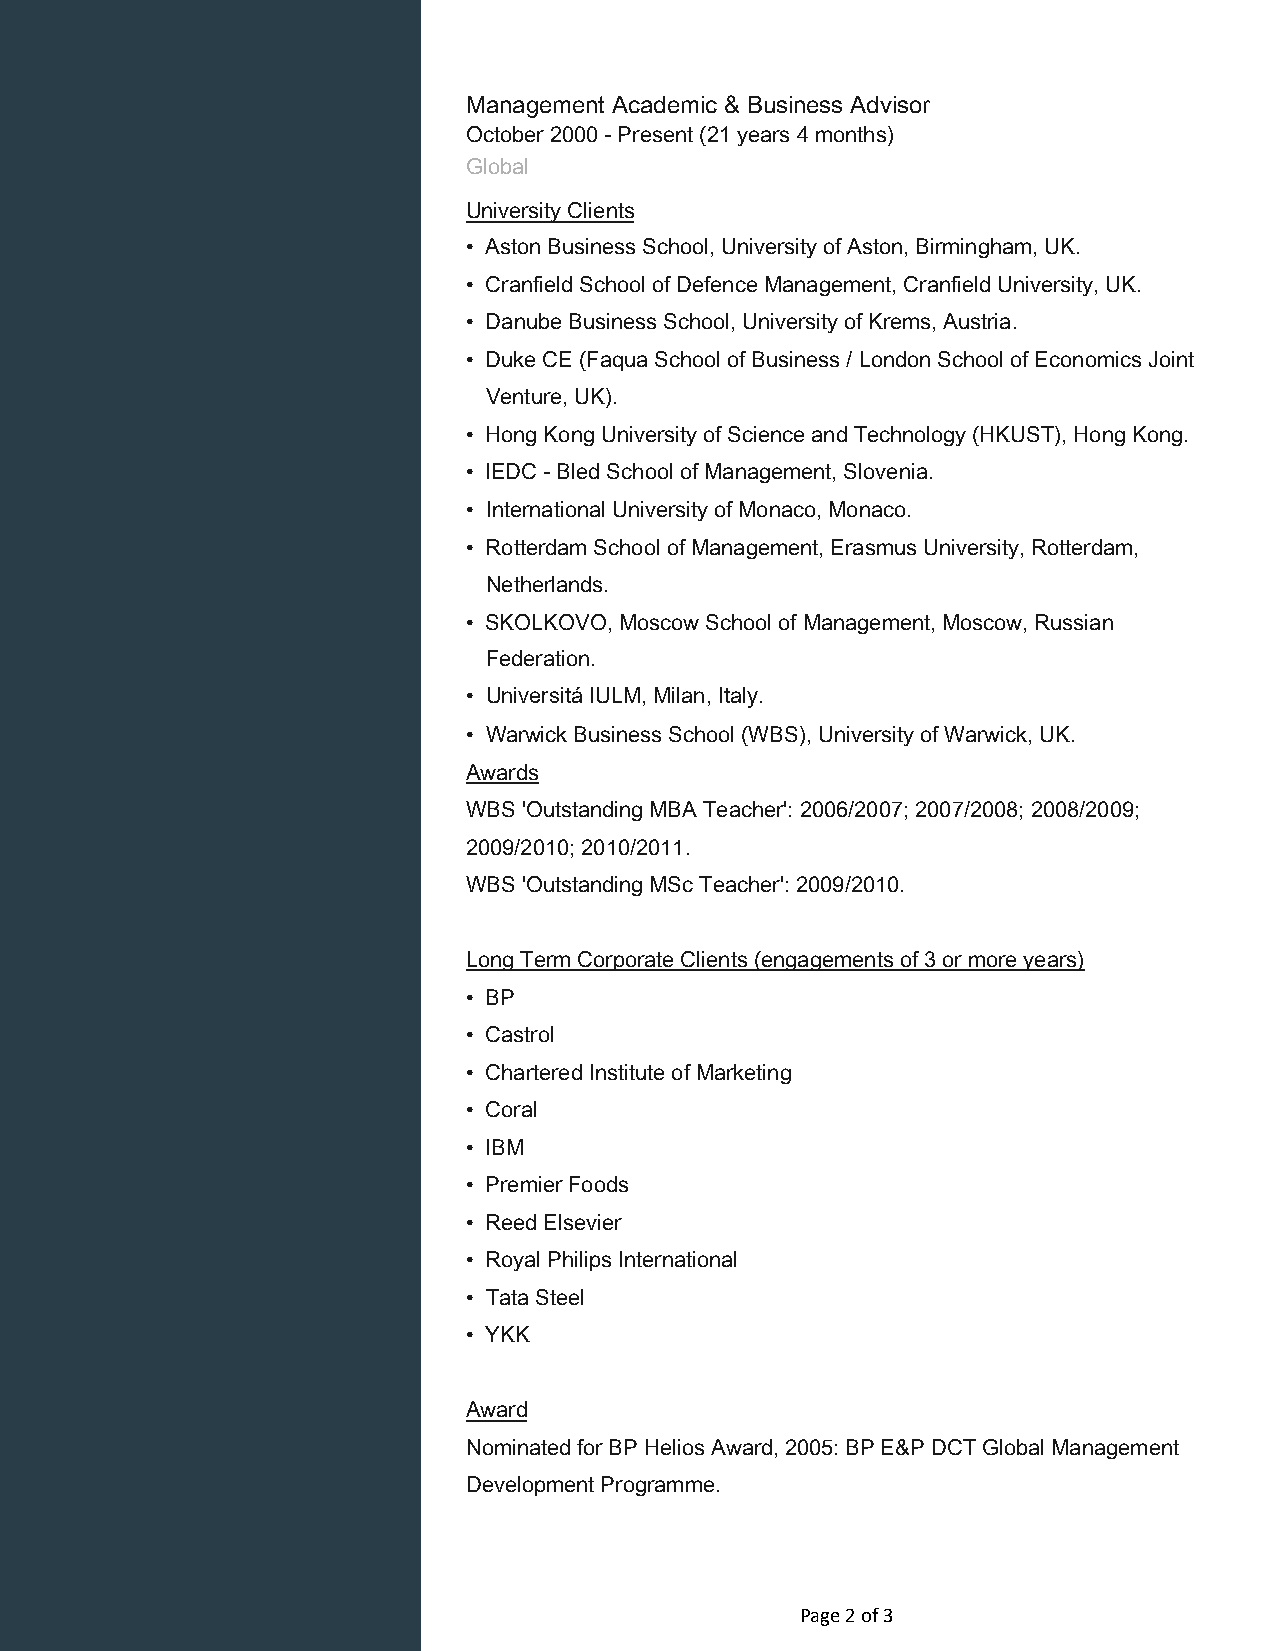
Management Academic & Business Advisor
 October 2000 - Present (21 years 4 months)
 Global
 University Clients
 • Aston Business School, University of Aston, Birmingham, UK.
 • Cranfield School of Defence Management, Cranfield University, UK.
 • Danube Business School, University of Krems, Austria.
 • Duke CE (Faqua School of Business / London School of Economics Joint
 Venture, UK).
 • Hong Kong University of Science and Technology (HKUST), Hong Kong.
 • IEDC - Bled School of Management, Slovenia.
 • International University of Monaco, Monaco.
 • Rotterdam School of Management, Erasmus University, Rotterdam,
 Netherlands.
 • SKOLKOVO, Moscow School of Management, Moscow, Russian
 Federation.
 • Universitá IULM, Milan, Italy.
 • Warwick Business School (WBS), University of Warwick, UK.
 Awards
 WBS 'Outstanding MBA Teacher': 2006/2007; 2007/2008; 2008/2009;
 2009/2010; 2010/2011.
 WBS 'Outstanding MSc Teacher': 2009/2010.
 Long Term Corporate Clients (engagements of 3 or more years)
 • BP
 • Castrol
 • Chartered Institute of Marketing
 • Coral
 • IBM
 • Premier Foods
 • Reed Elsevier
 • Royal Philips International
 • Tata Steel
 • YKK
 Award
 Nominated for BP Helios Award, 2005: BP E&P DCT Global Management
 Development Programme.
 Page 2 of 3